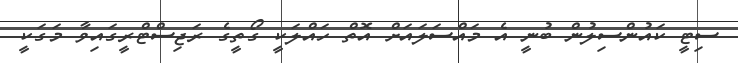
ސިޓީ ކައުންސިލުން ބުނީ އެ މައްސަލައަށް އޮތް ހައްލަކީ ގޯތީގެ ރަޖިސްޓްރީގައިވާ މަގަކީ